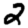
Digit: 2